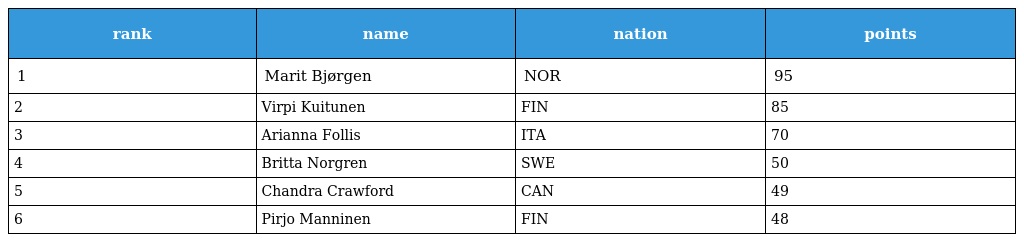
| rank | name | nation | points |
 | --- | --- | --- | --- |
 | 1 | Marit Bjørgen | NOR | 95 |
 | 2 | Virpi Kuitunen | FIN | 85 |
 | 3 | Arianna Follis | ITA | 70 |
 | 4 | Britta Norgren | SWE | 50 |
 | 5 | Chandra Crawford | CAN | 49 |
 | 6 | Pirjo Manninen | FIN | 48 |